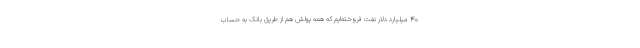
40 میلیارد دلار نفت فروخته‌ایم که همه پولش هم از طریق بانک به حساب